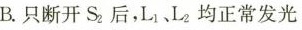
B.只断开S_{2}后，L_{1}、L_{2}均正常发光